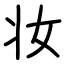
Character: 妆